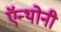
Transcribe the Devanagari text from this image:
ऍन्थोनी